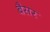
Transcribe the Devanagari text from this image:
बैसर